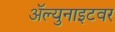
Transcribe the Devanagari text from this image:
ॲल्युनाइटवर